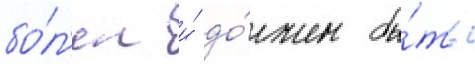
бо́л'ен и́ до́лжен бы́ть